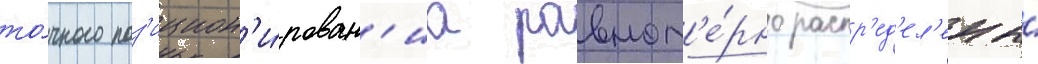
то́чного поз'ицион'и́рован'иа равном'е́рно распр'ед'ел'ены́